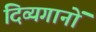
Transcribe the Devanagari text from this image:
दिव्यगानों